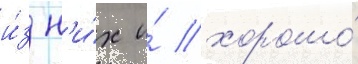
и́з н'и́х и́ хорошо́